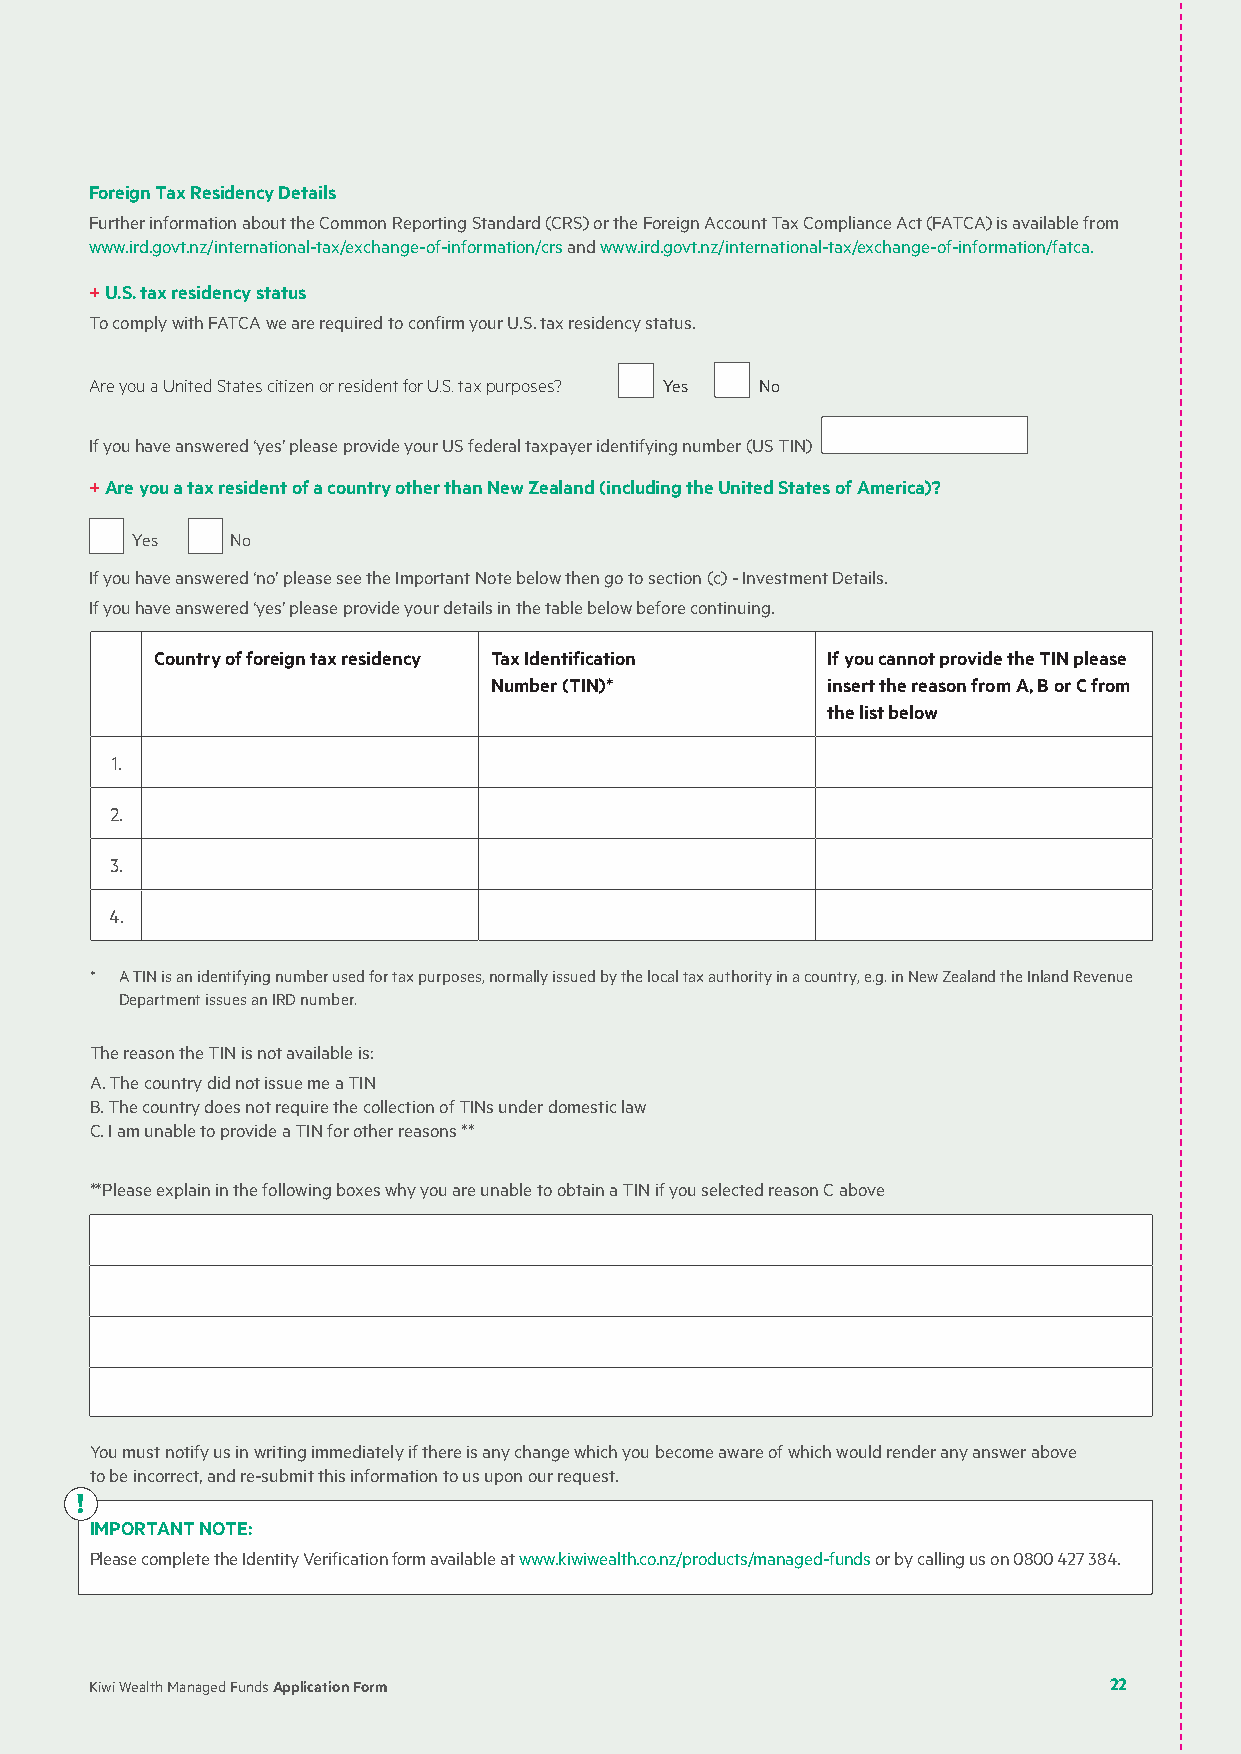
Foreign Tax Residency Details
 Further information about the Common Reporting Standard (CRS) or the Foreign Account Tax Compliance Act (FATCA) is available from
 www.ird.govt.nz/international-tax/exchange-of-information/crs and www.ird.govt.nz/international-tax/exchange-of-information/fatca.
 + U.S. tax residency status
 To comply with FATCA we are required to confirm your U.S. tax residency status.
 Are you a United States citizen or resident for U.S. tax purposes? Yes No
 If you have answered ‘yes’ please provide your US federal taxpayer identifying number (US TIN)
 + Are you a tax resident of a country other than New Zealand (including the United States of America)?
 Yes   No
 If you have answered ‘no’ please see the Important Note below then go to section (c) - Investment Details.
 If you have answered ‘yes’ please provide your details in the table below before continuing.
 Country of foreign tax residency Tax Identification If you cannot provide the TIN please
 Number (TIN)*          insert the reason from A, B or C from
 the list below
 1.
 2.
 3.
 4.
 * A TIN is an identifying number used for tax purposes, normally issued by the local tax authority in a country, e.g. in New Zealand the Inland Revenue
 Department issues an IRD number.
 The reason the TIN is not available is:
 A. The country did not issue me a TIN
 B. The country does not require the collection of TINs under domestic law
 C. I am unable to provide a TIN for other reasons **
 **Please explain in the following boxes why you are unable to obtain a TIN if you selected reason C above
 You must notify us in writing immediately if there is any change which you become aware of which would render any answer above
 to be incorrect, and re-submit this information to us upon our request.
 !
 IMPORTANT NOTE:
 Please complete the Identity Verification form available at www.kiwiwealth.co.nz/products/managed-funds or by calling us on 0800 427 384.
 Kiwi Wealth Managed Funds Application Form                         22